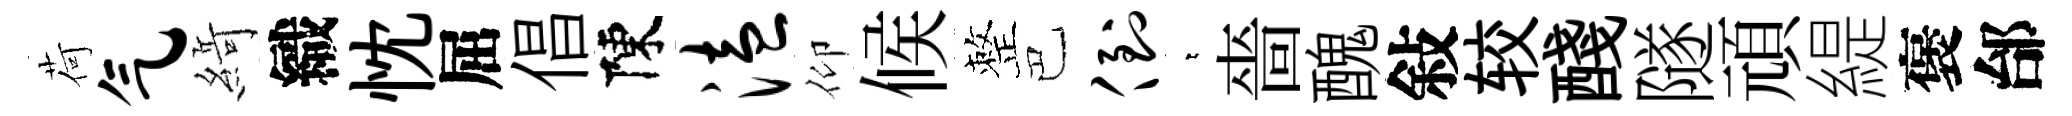
荷气𦂶織忱屈倡陳溘仰候整巴倒萋嗇醜敍较醆隧頑緹褒邰